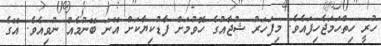
ހުރީ ހިތްހަމަޖެހިފައެވެ. މިފަހަރު ޝުޖާއުގެ ހޮވުމަށް ފާޑުކިޔާކަށް އޭނަ ބޭނުމެއް ނުވިއެވެ. އޭގެ